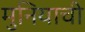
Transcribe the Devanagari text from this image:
मुनियाची